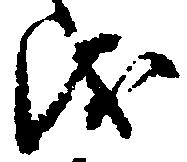
儀